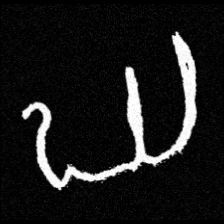
Pyu character \u2014 Myanmar letter: ဃ (romanized: gha)